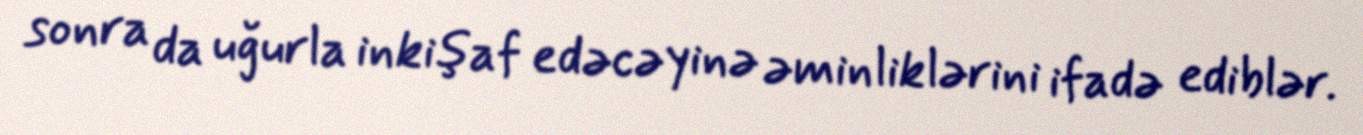
sonra da uğurla inkişaf edəcəyinə əminliklərini ifadə ediblər.